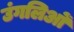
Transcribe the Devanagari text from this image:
उंगलिओं